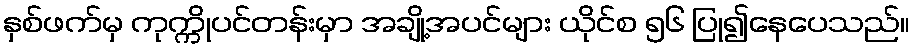
နှစ်ဖက်မှ ကုက္ကိုပင်တန်းမှာ အချို့အပင်များ ယိုင်စ ၅၆ ပြု၍နေပေသည်။